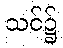
သင်၌